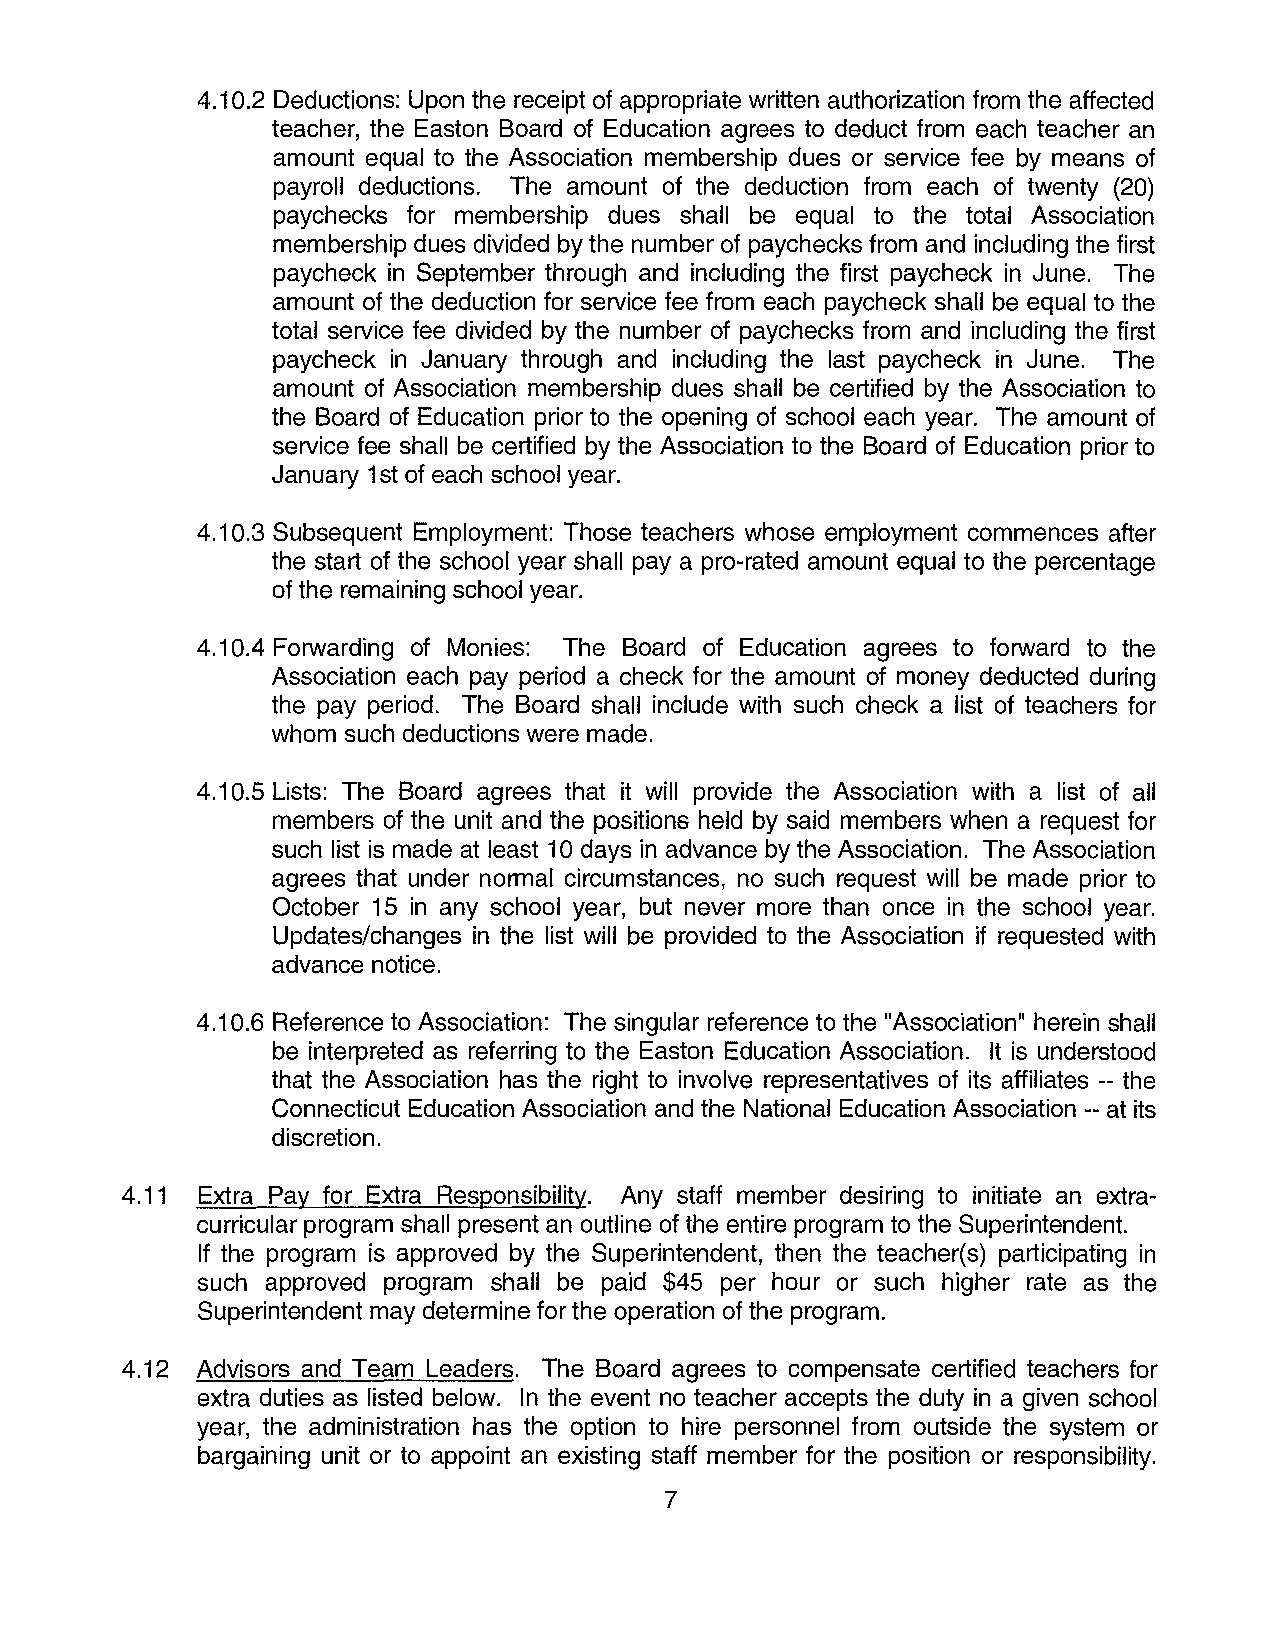
4.10.2 Deductions: Upon the receipt of appropriate written authorization from the affected
 teacher, the Easton Board of Education agrees to deduct from each teacher an
 amount equal to the Association membership dues or service fee by means of
 payroll deductions. The amount of the deduction from each of twenty (20)
 paychecks for membership dues shall be equal to the total Association
 membership dues divided by the number of paychecks from and including the first
 paycheck in September through and including the first paycheck in June. The
 amount of the deduction for service fee from each paycheck shall be equal to the
 total service fee divided by the number of paychecks from and including the first
 paycheck in January through and including the last paycheck in June. The
 amount of Association membership dues shall be certified by the Association to
 the Board of Education prior to the opening of school each year. The amount of
 service fee shall be certified by the Association to the Board of Education prior to
 January 1st of each school year.
 4.10.3 Subsequent Employment: Those teachers whose employment commences after
 the start of the school year shall pay a pro-rated amount equal to the percentage
 of the remaining school year.
 4.10.4 Forwarding of Monies: The Board of Education agrees to forward to the
 Association each pay period a check for the amount of money deducted during
 the pay period. The Board shall include with such check a list of teachers for
 whom such deductions were made.
 4.10.5 Lists: The Board agrees that it will provide the Association with a list of all
 members of the unit and the positions held by said members when a request for
 such list is made at least 10 days in advance by the Association. The Association
 agrees that under normal circumstances, no such request will be made prior to
 October 15 in any school year, but never more than once in the school year.
 Updates/changes in the list will be provided to the Association if requested with
 advance notice.
 4.10.6 Reference to Association: The singular reference to the "Association" herein shall
 be interpreted as referring to the Easton Education Association. It is understood
 that the Association has the right to involve representatives of its affiliates -- the
 Connecticut Education Association and the National Education Association --at its
 discretion.
 4.11 Extra Pay for Extra Responsibility. Any staff member desiring to initiate an extra
 curricular program shall present an outline of the entire program to the Superintendent.
 If the program is approved by the Superintendent, then the teacher(s) participating in
 such approved program shall be paid $45 per hour or such higher rate as the
 Superintendent may determine for the operation of the program.
 4.12 Advisors and Team Leaders. The Board agrees to compensate certified teachers for
 extra duties as listed below. In the event no teacher accepts the duty in a given school
 year, the administration has the option to hire personnel from outside the system or
 bargaining unit or to appoint an existing staff member for the position or responsibility.
 7